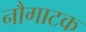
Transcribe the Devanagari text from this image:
नौगाटक